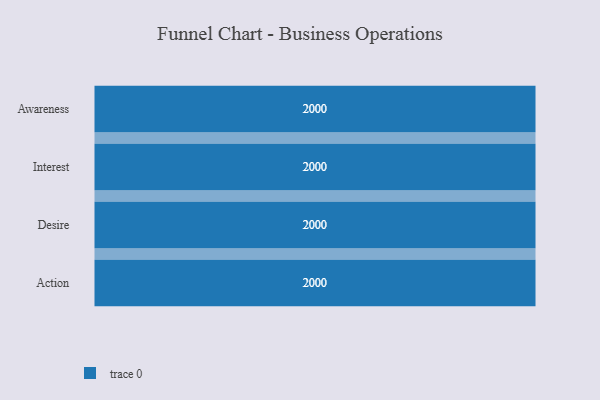
{"axis": {"x": "Stage", "y": "Value"}, "legend": [""], "data": [{"x": "Awareness", "y": 2000, "type": ""}, {"x": "Interest", "y": 2000, "type": ""}, {"x": "Desire", "y": 2000, "type": ""}, {"x": "Action", "y": 2000, "type": ""}]}